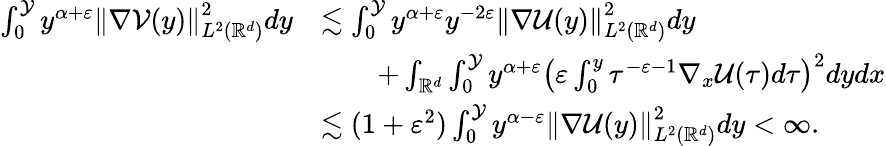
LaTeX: \begin{array}{rl}{\int_{0}^{\mathcal{Y}}y^{\alpha+\varepsilon}\left\| \nabla\mathcal{V}(y)\right\| _{L^{2}(\mathbb{R}^{d})}^{2}dy}&{\lesssim\int_{0}^{\mathcal{Y}}y^{\alpha+\varepsilon}y^{-2\varepsilon}\left\| \nabla\mathcal{U}(y)\right\| _{L^{2}(\mathbb{R}^{d})}^{2}dy}\\ &{\qquad+\int_{\mathbb{R}^{d}}\int_{0}^{\mathcal{Y}}y^{\alpha+\varepsilon}\left(\varepsilon\int_{0}^{y}\tau^{-\varepsilon-1}\nabla_{x}\mathcal{U}(\tau)d\tau\right)^{2}dydx}\\ &{\lesssim(1+\varepsilon^{2})\int_{0}^{\mathcal{Y}}y^{\alpha-\varepsilon}\left\| \nabla\mathcal{U}(y)\right\| _{L^{2}(\mathbb{R}^{d})}^{2}dy<\infty.}\end{array}